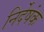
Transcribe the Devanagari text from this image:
निर्देषंक